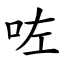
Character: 咗